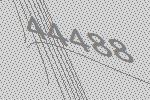
44488